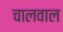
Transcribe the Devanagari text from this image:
चालवाल